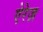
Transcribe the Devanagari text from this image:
ऐरेज़